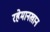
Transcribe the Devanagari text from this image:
रहेमानखान